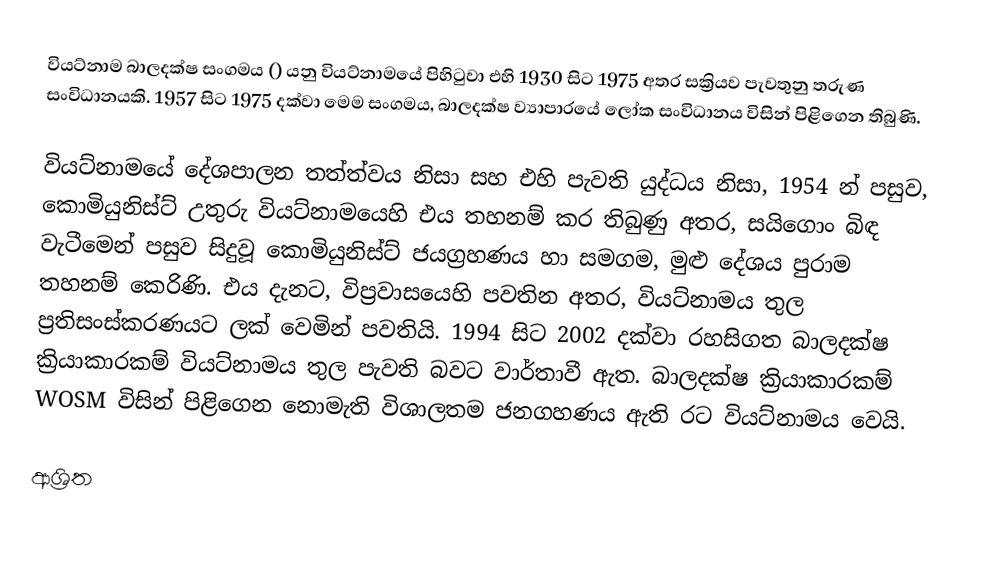
වියට්නාම බාලදක්ෂ සංගමය () යනු වියට්නාමයේ පිහිටුවා එහි  1930 සිට 1975 අතර සක්‍රියව පැවතුනු තරුණ සංවිධානයකි.   1957 සිට 1975 දක්වා මෙම සංගමය, බාලදක්ෂ ව්‍යාපාරයේ ලෝක සංවිධානය විසින් පිළිගෙන තිබුණි.

වියට්නාමයේ දේශපාලන තත්ත්වය නිසා සහ එහි පැවති යුද්ධය නිසා, 1954 න් පසුව, කොමියුනිස්ට් උතුරු වියට්නාමයෙහි එය තහනම් කර තිබුණු අතර, සයිගොං බිඳ වැටීමෙන් පසුව සිදුවූ කොමියුනිස්ට් ජයග්‍රහණය හා සමගම, මුළු දේශය පුරාම තහනම් කෙරිණි. එය දැනට, විප්‍රවාසයෙහි පවතින අතර, වියට්නාමය තුල ප්‍රතිසංස්කරණයට ලක් වෙමින් පවතියි. 1994 සිට 2002 දක්වා රහසිගත බාලදක්ෂ ක්‍රියාකාරකම් වියට්නාමය තුල පැවති බවට වාර්තාවී ඇත. බාලදක්ෂ ක්‍රියාකාරකම් WOSM විසින් පිළිගෙන නොමැති විශාලතම ජනගහණය ඇති රට වියට්නාමය වෙයි.

ආශ්‍රිත